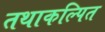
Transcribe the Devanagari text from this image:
तथाकल्पित